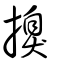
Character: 搝